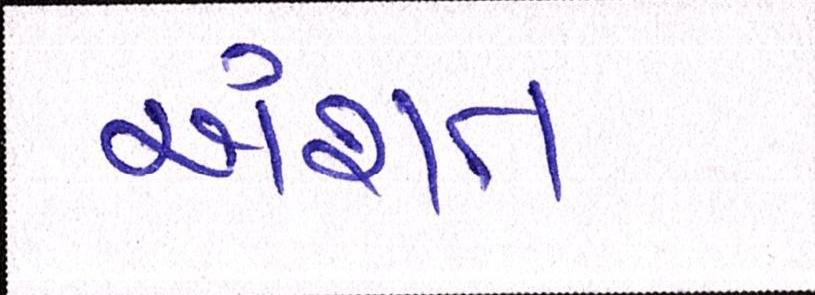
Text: અંશત